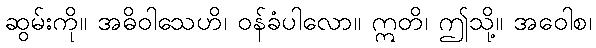
ဆွမ်းကို။ အဓိဝါသေဟိ၊ ဝန်ခံပါလော။ ဣတိ၊ ဤသို့။ အဝေါစ၊